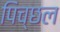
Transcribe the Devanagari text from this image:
पिच्छल